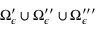
\Omega _ { \epsilon } ^ { \prime } \cup \Omega _ { \epsilon } ^ { \prime \prime } \cup \Omega _ { \epsilon } ^ { \prime \prime \prime }